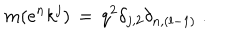
LaTeX: m ( e ^ { n } k ^ { j } ) \, = \, q ^ { 2 } \delta _ { j , 2 } \delta _ { n , ( l - 1 ) } \; .